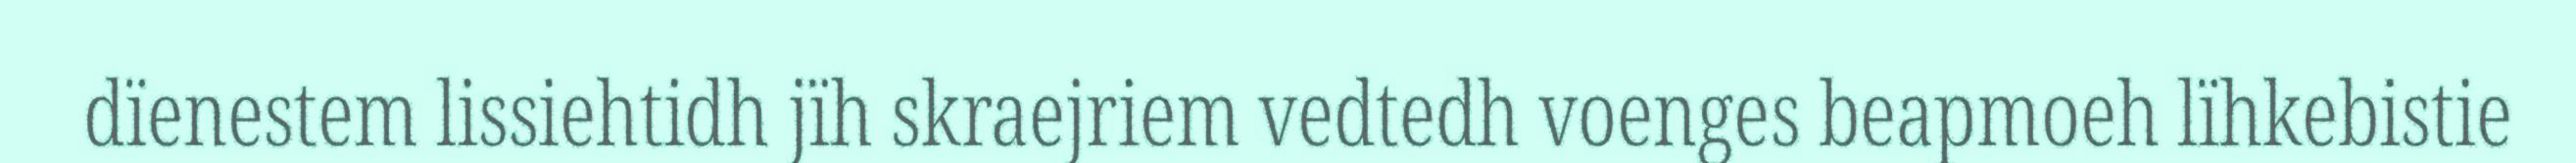
dïenestem lissiehtidh jïh skraejriem vedtedh voenges beapmoeh lïhkebistie